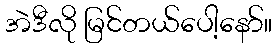
အဲဒီလို မြင်တယ်ပေါ့နော်။